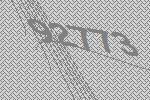
92773